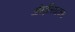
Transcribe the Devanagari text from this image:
ओस्ट्रेलियाच्या